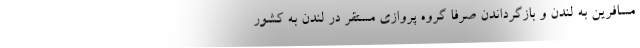
مسافرین به لندن و بازگرداندن صرفا گروه پروازی مستقر در لندن به کشور